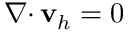
{ { \nabla \cdot } \, } { \mathbf v } _ { h } = 0